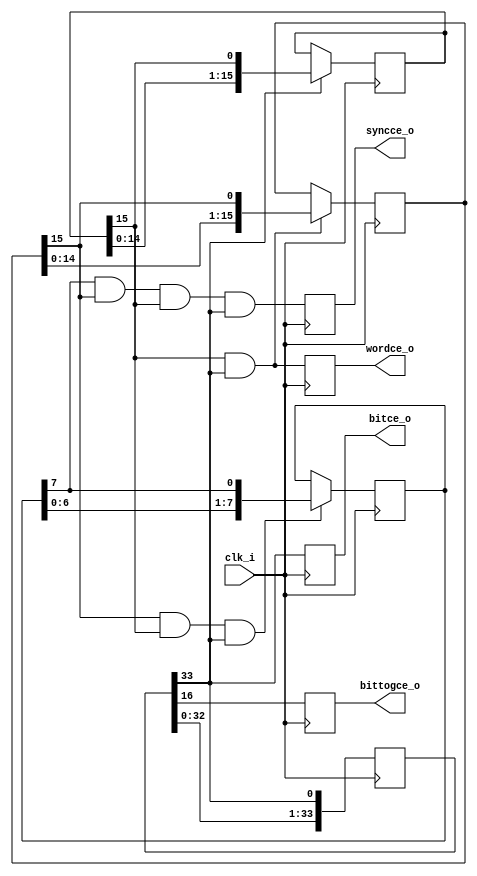
`timescale 1ns / 1ps
////////////////////////////////////////////////////////////////////////////////
// This file is a part of the Antarctic Impulsive Transient Antenna (ANITA)
// project, a collaborative scientific effort between multiple institutions. For
// more information, contact Peter Gorham (gorham@phys.hawaii.edu).
//
// All rights reserved.
//
// Author:
// Author:
////////////////////////////////////////////////////////////////////////////////
module telem_clock_v2(
		input clk_i,
		output bitce_o,
		output bittogce_o,
		output wordce_o,
		output syncce_o
    );
	reg bitce = 0;
	reg bittogce = 0;
	reg wordce = 0;
	reg syncce = 0;
	// This gets correctly inferred into two SRL16s.
	reg [33:0] bit_shift_reg = 34'h0001;
	// This gets correctly inferred into a single SRL16.
	reg [15:0] word_shift_reg = 16'h0001;
	// Ditto.
	reg [15:0] sync_shift_reg_1 = 16'h0001;
	// Ditto ditto.
	reg [7:0] sync_shift_reg_2 = 8'h01;
	always @(posedge clk_i) begin
		bit_shift_reg <= {bit_shift_reg[32:0],bit_shift_reg[33]};
		
		bittogce <= bit_shift_reg[16];
		bitce <= bit_shift_reg[33];

		if (bit_shift_reg[33]) word_shift_reg <= {word_shift_reg[14:0],word_shift_reg[15]};
		if (word_shift_reg[15] && bit_shift_reg[33]) sync_shift_reg_1 <= {sync_shift_reg_1[14:0],sync_shift_reg_1[15]};
		if (sync_shift_reg_1[15] && word_shift_reg[15] && bit_shift_reg[33]) sync_shift_reg_2 <= {sync_shift_reg_2[6:0],sync_shift_reg_2[7]};

		wordce <= word_shift_reg[15] && bit_shift_reg[33];
		syncce <= sync_shift_reg_2[7] && sync_shift_reg_1[15] && word_shift_reg[15] && bit_shift_reg[33];
	end
			
	assign bitce_o = bitce;
	assign bittogce_o = bittogce;
	assign wordce_o = wordce;
	assign syncce_o = syncce;
endmodule